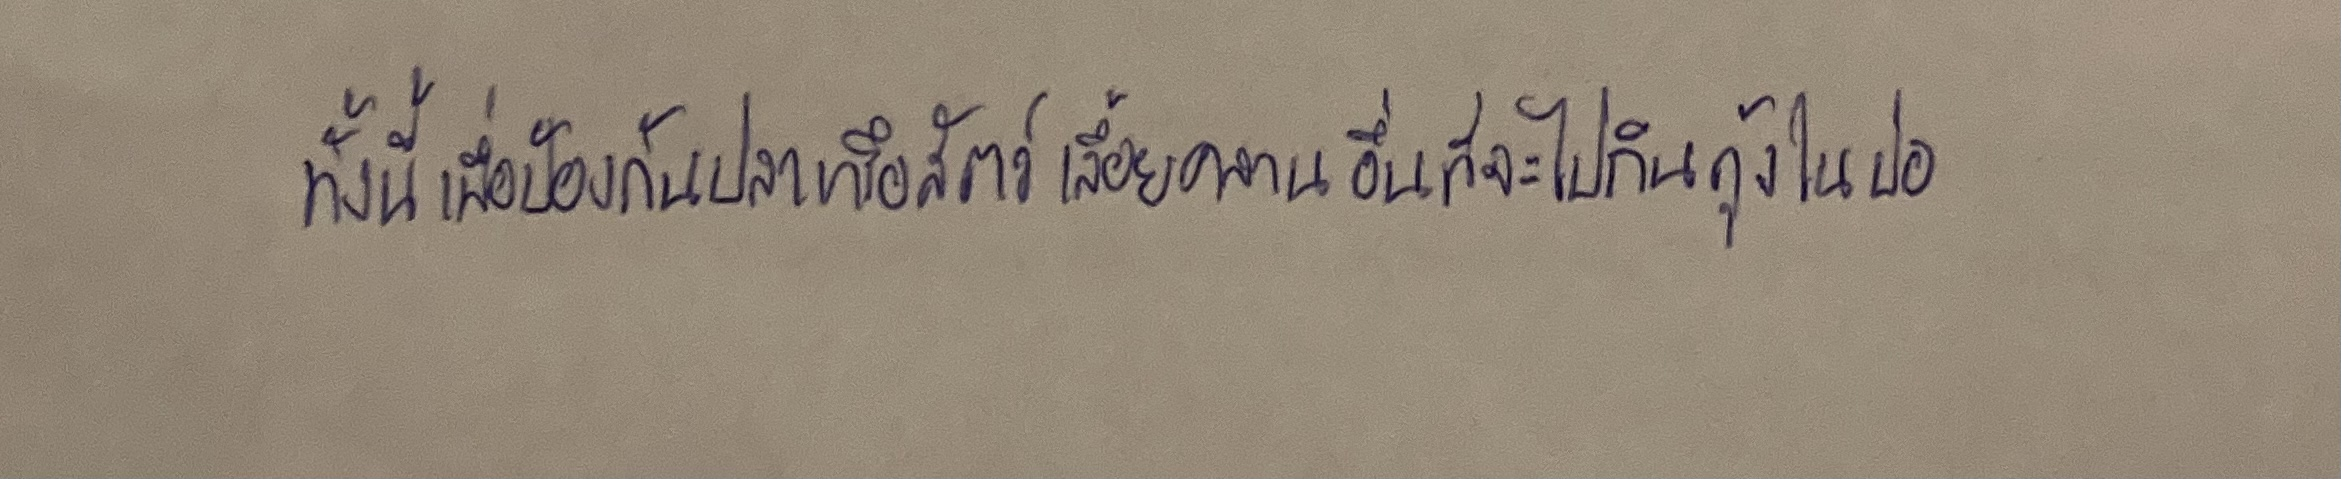
ทั้งนี้เพื่อป้องกันปลาหรือสัตว์เลื้อยคลานอื่นที่จะไปกินกุ้งในบ่อ